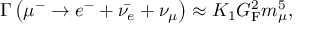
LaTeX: \Gamma \left( \mu ^ { - } \rightarrow e ^ { - } + { \bar { \nu _ { e } } } + \nu _ { \mu } \right) \approx K _ { 1 } G _ { \mathrm { F } } ^ { 2 } m _ { \mu } ^ { 5 } ,